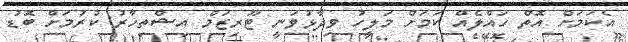
އެކަމަށް އޮތް ހައްލެއް ކަމަށް މަލީހު ވިދާޅުވަނީ ޓޫރިޒަމް އިޝްތިހާރު ކުރުމަށް ބޮޑު